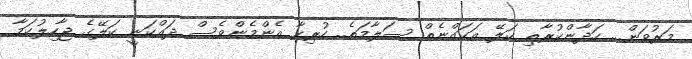
މަރުވަން... ހަދާންކުރާތި ކަލޭ އަކައްނެތް ސަލާމަތެ.. ހުރިހާ އެންމެންވެސް ދައްކަނީ ކަލޭގެ ޖާހިލުކަމާ